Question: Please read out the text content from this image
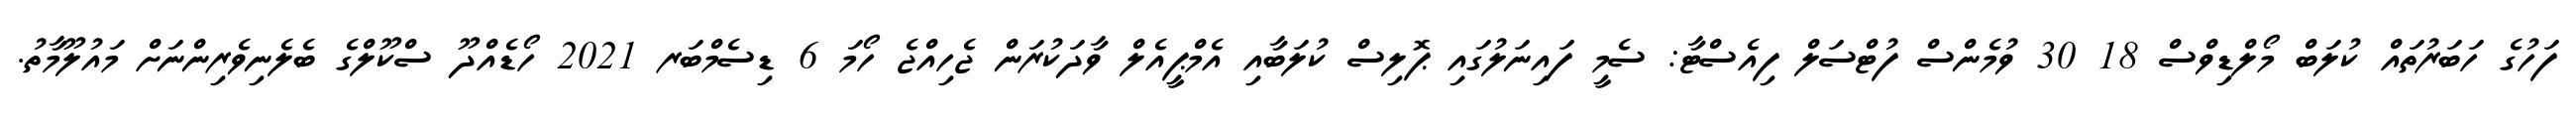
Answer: ފަހުގެ ހަބަރުތައް ކުލަބް މޯލްޑިވްސް 18 30 ވުމެންސް ފުޓްސަލް ފިއެސްޓާ: ސެމީ ފައިނަލުގައި ޕޮލިސް ކުލަބާއި އެމްޕީއެލް ވާދަކުރަން ޖެހިއްޖެ ހޯމަ 6 ޑިސެމްބަރ 2021 ހޯޑެއްދޫ ސްކޫލްގެ ބެލެނިވެރިންނަށް މައުލޫމާތު.